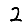
Digit: 2